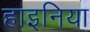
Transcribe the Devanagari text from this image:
हाइनिया